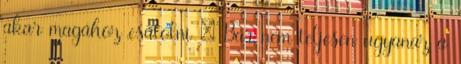
akar magához csatolni : Bár nem teljesen ugyanaz a